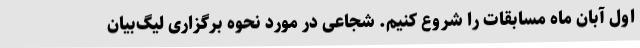
اول آبان ماه مسابقات را شروع کنیم. شجاعی در مورد نحوه برگزاری لیگ‌بیان